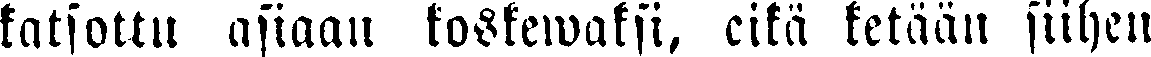
katsottu asiaan koskewaksi, eikä ketään siihen